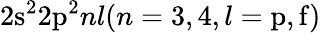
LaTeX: \mathrm{2s^{2}2p^{2}}nl(n=3,4,l=\mathrm{p,f)}